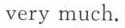
very much.